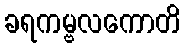
ခရကမ္ဗလကောတိ